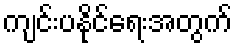
ကျင်းပနိုင်ရေးအတွက်